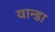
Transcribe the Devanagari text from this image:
वान्डा